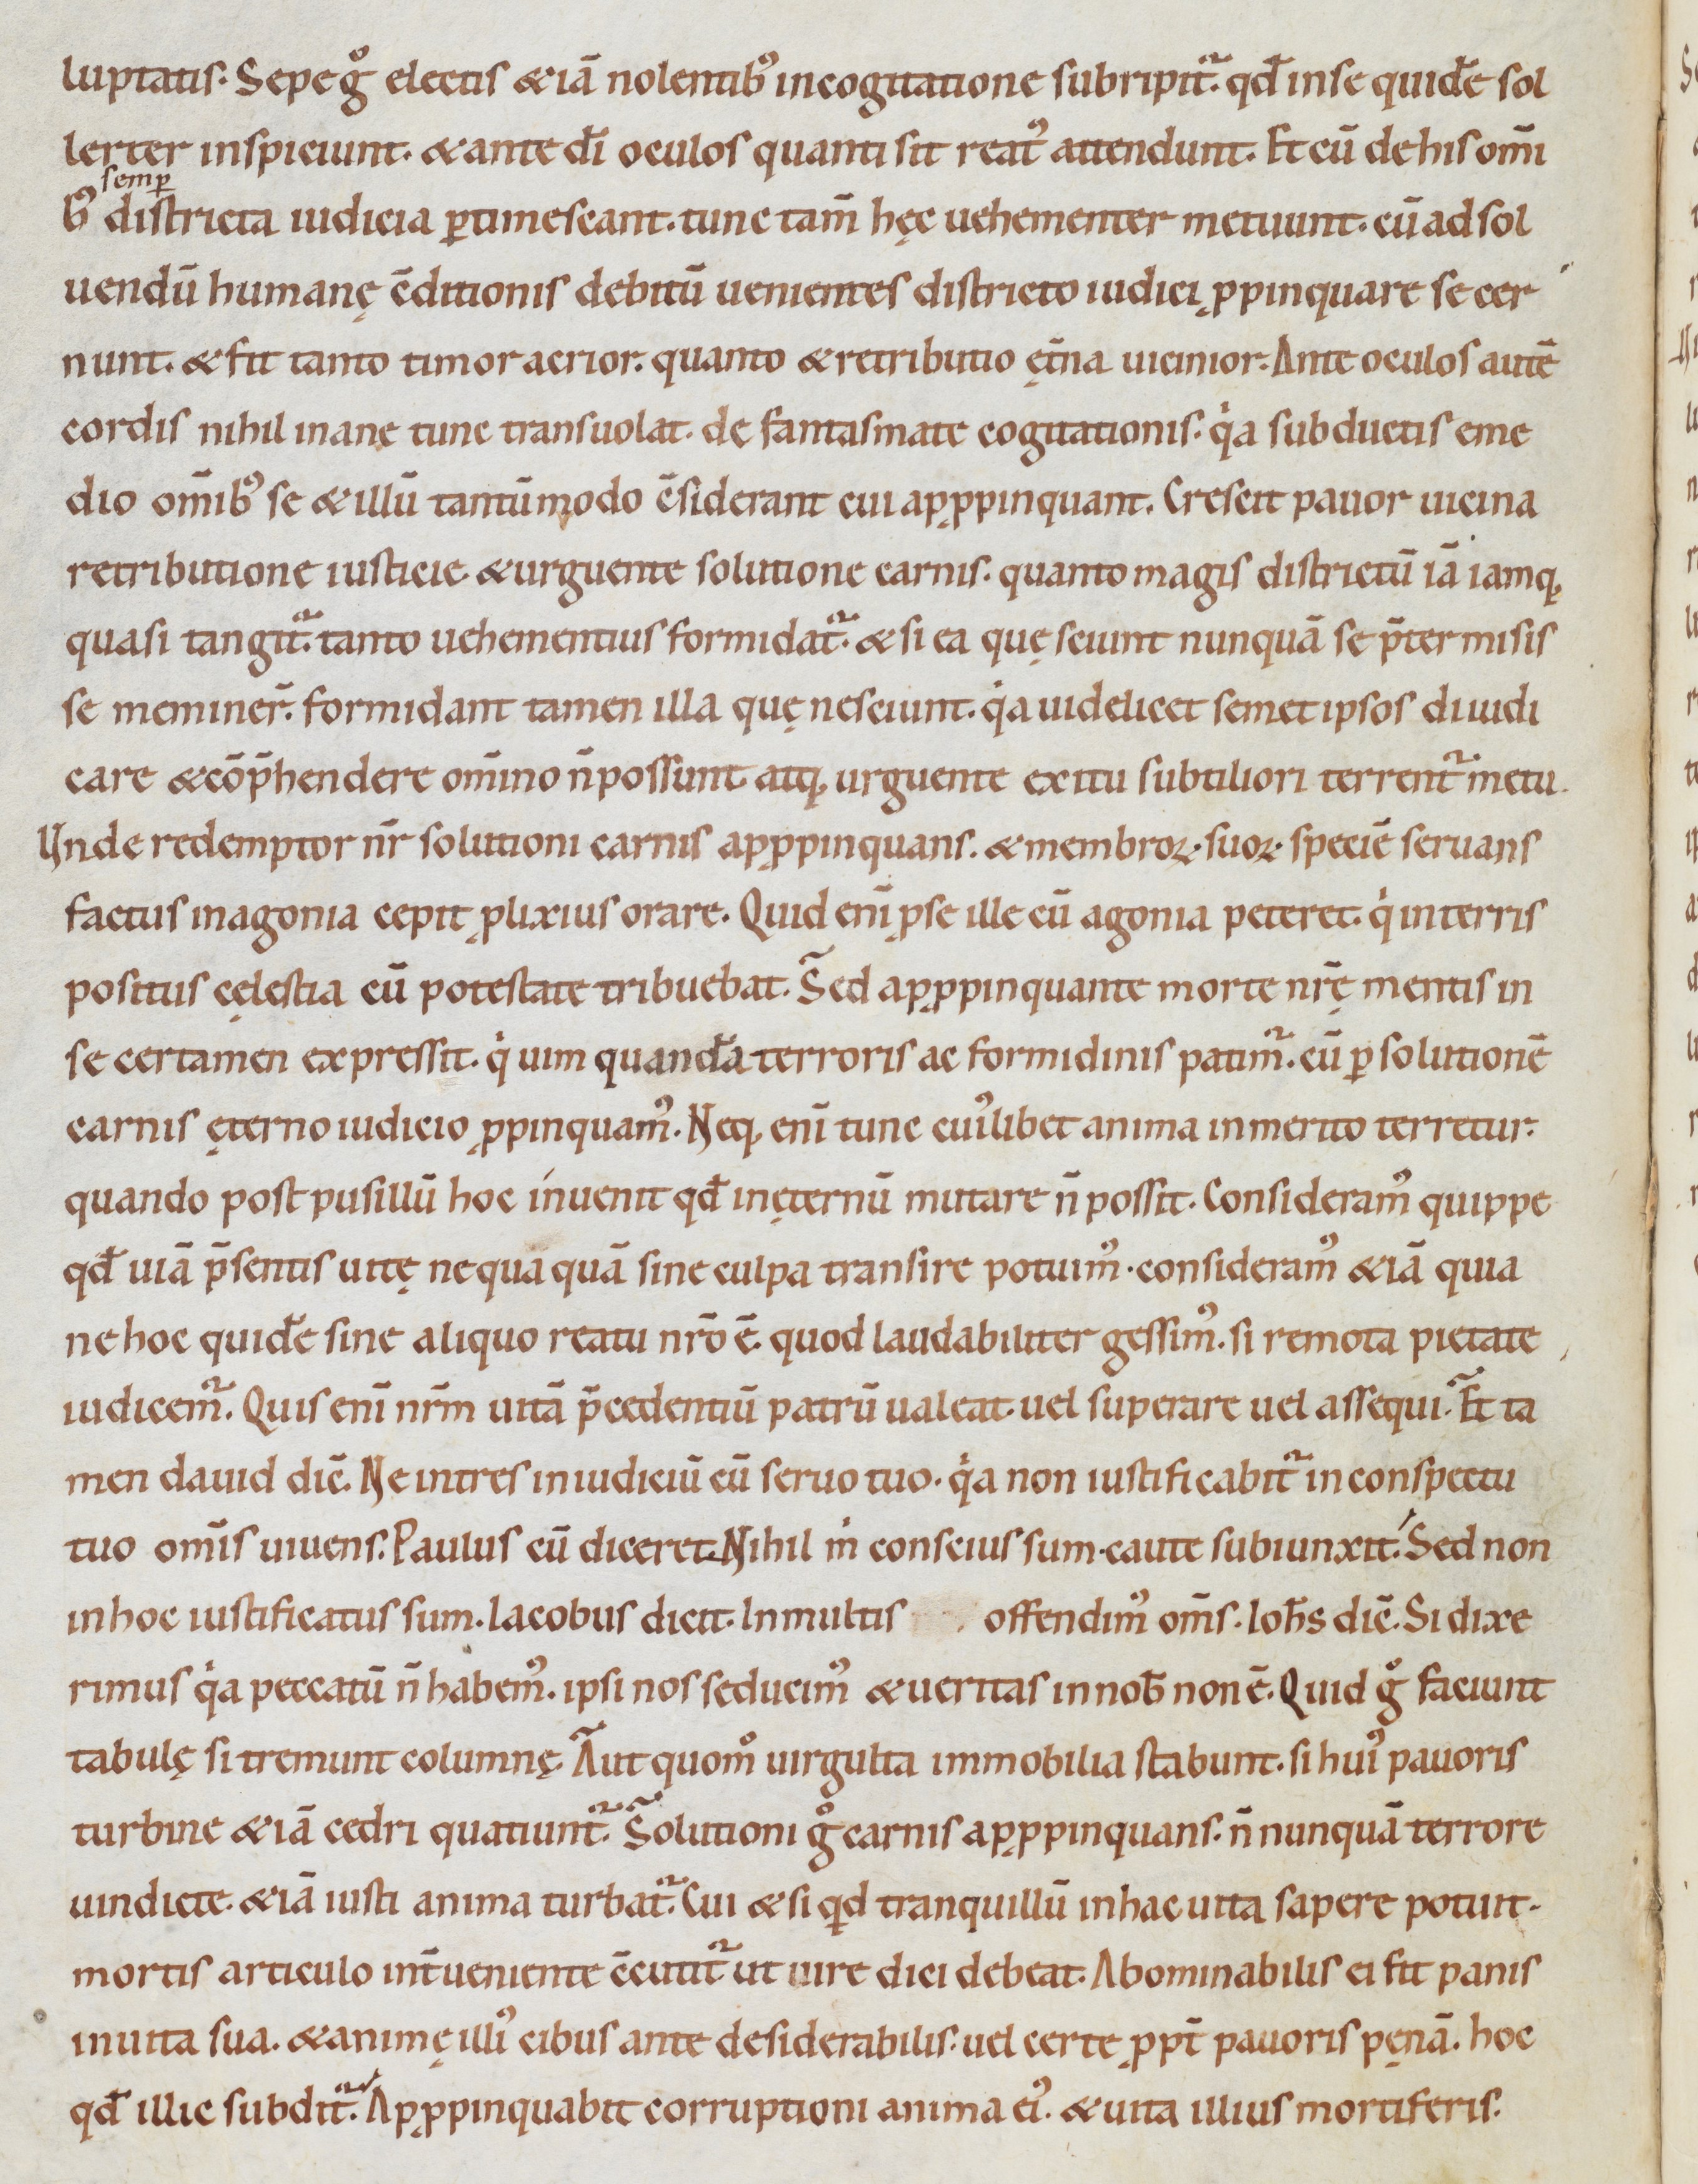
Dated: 1080–1096